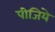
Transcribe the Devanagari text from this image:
पीजिये